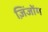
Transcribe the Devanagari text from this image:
ज़िंजोंग